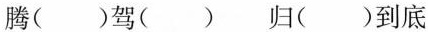
腾( )驾( ) 归( )到底